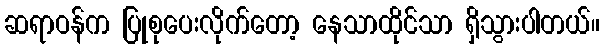
ဆရာဝန်က ပြုစုပေးလိုက်တော့ နေသာထိုင်သာ ရှိသွားပါတယ်။